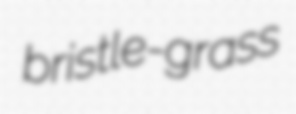
bristle-grass